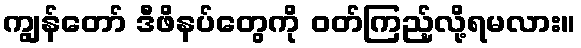
ကျွန်တော် ဒီဖိနပ်တွေကို ဝတ်ကြည့်လို့ရမလား။